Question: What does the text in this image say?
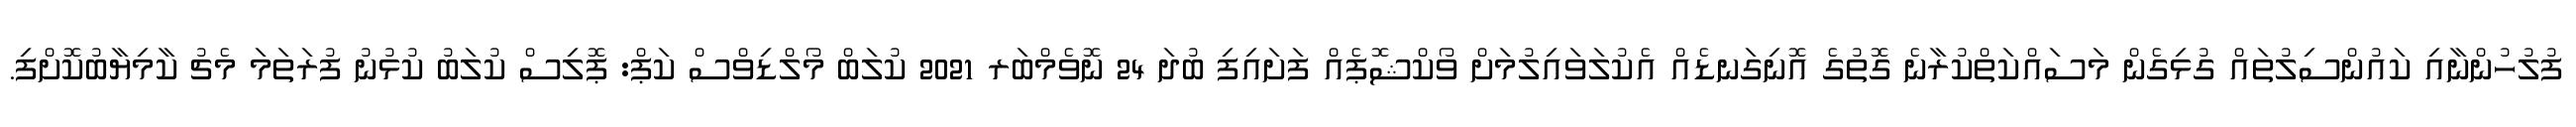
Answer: ފުލުހުންނާއި ކައުންސިލުތައް ގުޅިގެން މަސައްކަތްކުރާނެ ގޮތުގެ އޮނިގަނޑެއް އެކުލަވައިލުމަށް ވޯކްޝޮޕެއް ފަށައިފި ބުދަ 24 ނޮވެމްބަރ 2021 ކުލަބް މޯލްޑިވްސް ކަޕް: ޕޮލިސް ކުލަބު ކުޅުނު ފުރަތަމަ މެޗު ކާމިޔާބުކޮށްފި.